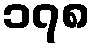
၁၇၈